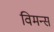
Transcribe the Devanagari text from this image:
विमन्स